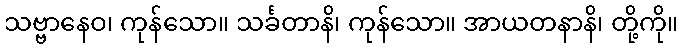
သဗ္ဗာနေဝ၊ ကုန်သော။ သင်္ခတာနိ၊ ကုန်သော။ အာယတနာနိ၊ တို့ကို။